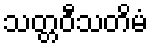
သတ္တဝီသတိမံ